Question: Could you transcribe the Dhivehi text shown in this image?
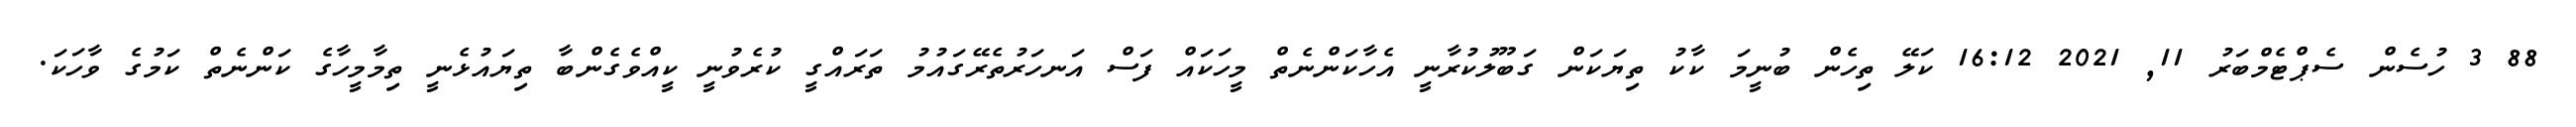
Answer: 88 3 ހުސެން ސެޕްޓެމްބަރު 11, 2021 16:12 ކަލޭ ތިހެން ބުނީމަ ކާކު ތިޔަކަން ގަބޫލުކުރާނީ އެހާކަންނެތް މީހަކައް ފަސް އަނހަރުތެރޭގައުމު ތަރައްގީ ކުރެވުނީ ކީއްވެގެންބާ ތިޔައުޅެނީ ތިމާމީހާގެ ކަންނެތް ކަމުގެ ވާހަކަ.